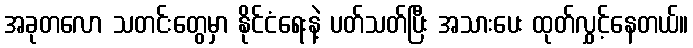
အခုတလော သတင်းတွေမှာ နိုင်ငံရေးနဲ့ ပတ်သတ်ပြီး အသားပေး ထုတ်လွှင့်နေတယ်။